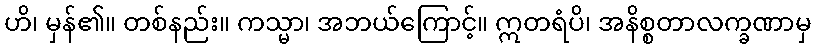
ဟိ၊ မှန်၏။ တစ်နည်း။ ကသ္မာ၊ အဘယ်ကြောင့်။ ဣတရံပိ၊ အနိစ္စတာလက္ခဏာမှ